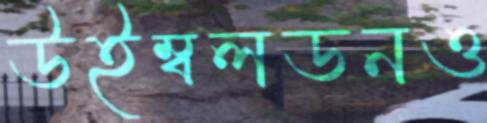
উইম্বলডনও